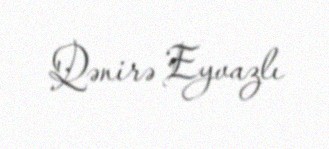
Qənirə Eyvazlı